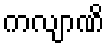
ကလျာဏိ